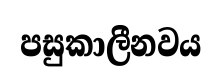
පසුකාලීනවය